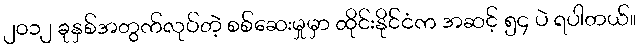
၂၀၁၂ ခုနှစ်အတွက်လုပ်တဲ့ စစ်ဆေးမှုမှာ ထိုင်းနိုင်ငံက အဆင့် ၅၄ ပဲ ရပါတယ်။